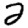
Digit: 2